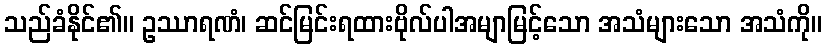
သည်ခံနိုင်၏။ ဥဿာရဏံ၊ ဆင်မြင်းရထားဗိုလ်ပါအမျာမြင့်သော အသံများသော အသံကို။